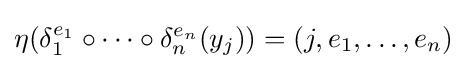
\eta (\delta _{1}^{e_{1}}\circ \cdots \circ \delta _{n}^{e_{n}}(y_{j}))=(j,e_{1},\ldots ,e_{n})